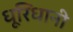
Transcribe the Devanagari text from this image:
धूरिधानी